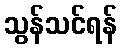
သွန်သင်ရန်